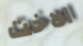
الاخت